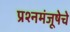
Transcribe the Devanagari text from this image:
प्रश्नमंजूषेचे